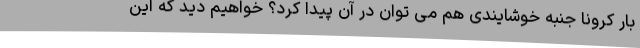
بار کرونا جنبه خوشایندی هم می توان در آن پیدا کرد؟ خواهیم دید که این